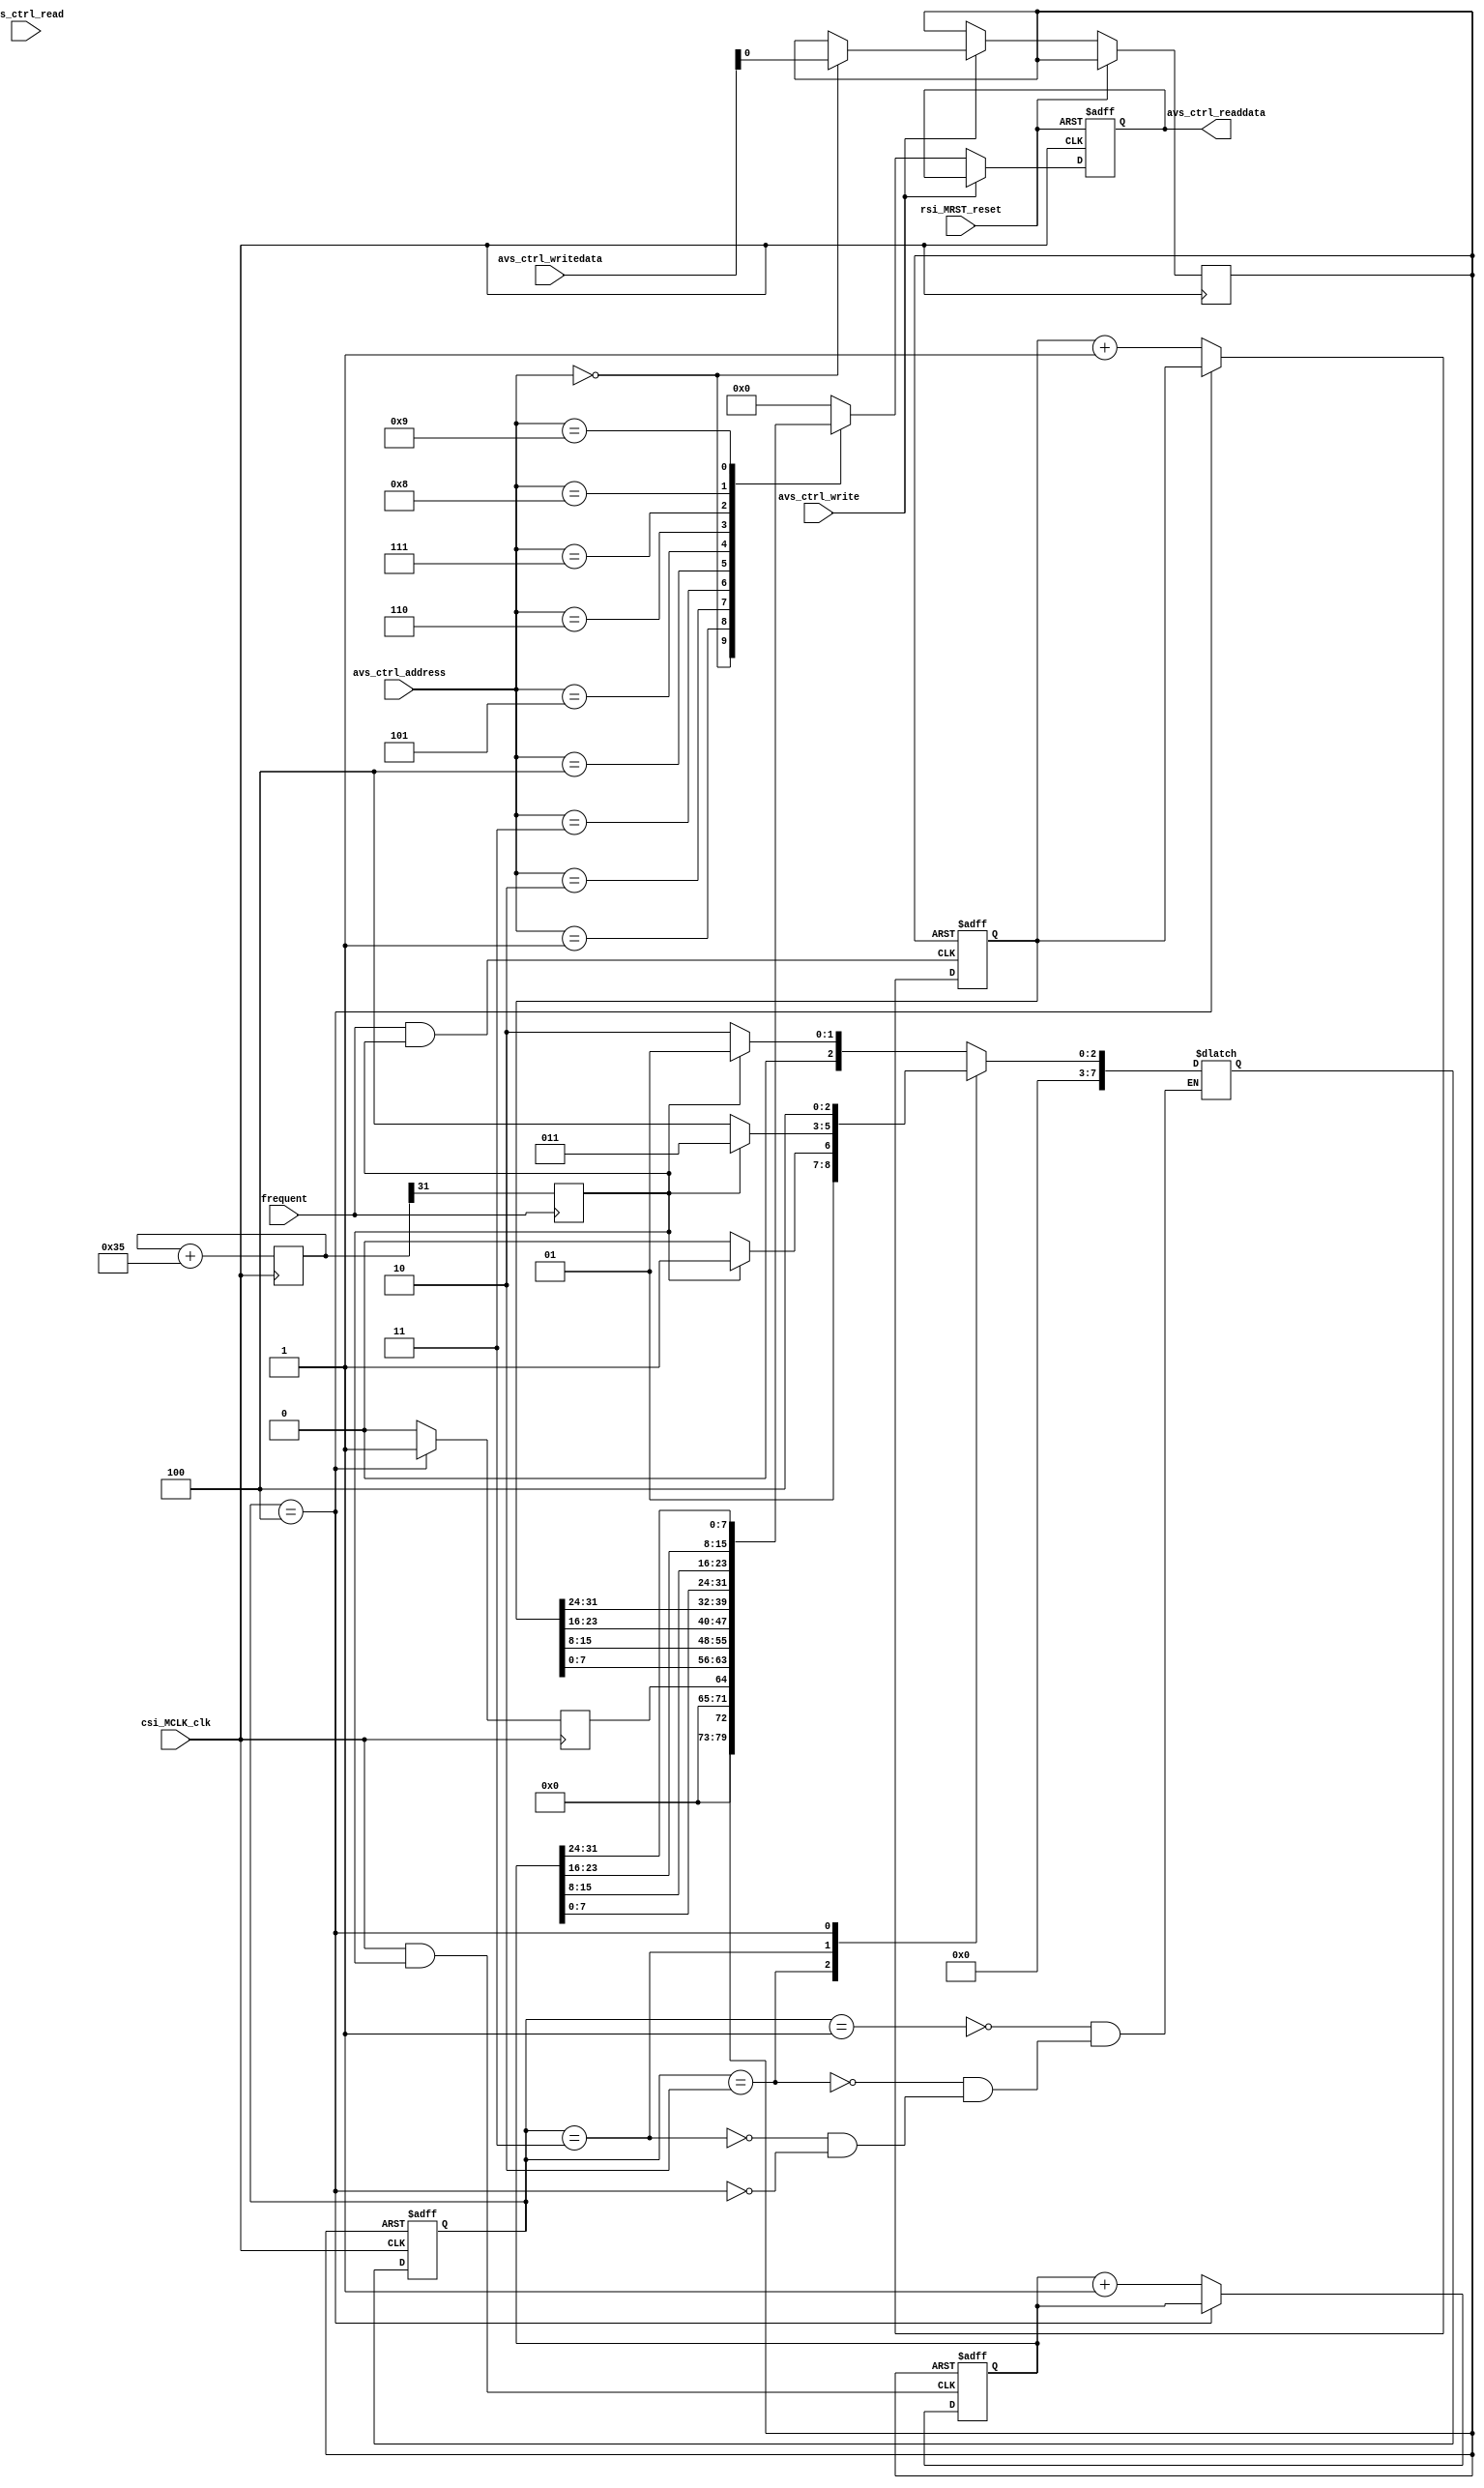
module frequent_measure(
		// Qsys bus interface	
		input					rsi_MRST_reset,
		input					csi_MCLK_clk,
		input		[7:0]	   avs_ctrl_writedata,
		output	[7:0]	   avs_ctrl_readdata,
		input		[3:0]		avs_ctrl_address,
		input					avs_ctrl_write,
		input					avs_ctrl_read,
		
		//brushless_moter_interface		
		input frequent	
		);
		wire clk;
		wire gate;
		assign clk = csi_MCLK_clk;
		reg [31:0] tempgate;
		always@(posedge clk)				
			tempgate<=tempgate+107/2;//4294967296/system_clk/2*gate_time;			
		assign gate=tempgate[31];
		
		wire f1;
		wire f2;
		reg temp;
		assign f1=frequent & temp;
		assign f2=clk &  temp;
		always@(posedge frequent)
			temp<=gate;
		reg reset;
		reg ready;
		reg [7:0]state;												
		reg [7:0]nextstate;	
		always@(posedge clk or posedge reset) 
			if(reset)state<=1;
			else state<=nextstate;
		always@(state or temp)
		begin
			case(state)
			1:if(temp==0)nextstate=2;else nextstate=1;	
			2:if(temp==1)nextstate=3;else nextstate=2;  
			3:if(temp==0)nextstate=4;else nextstate=3;
			4:nextstate=4;							
			endcase
		end
		
		reg [31:0]a;
		reg [31:0]b;
		always @ (posedge f1 or posedge reset)
			if(reset)a<=0;
			else if(state==4)a<=a;						
			else a<=a+1;			
		always @ (posedge f2 or posedge reset)
			if(reset)b<=0;
			else if(state==4)b<=b;
			else b<=b+1;
		
		always@(posedge clk)
			if(state==4)ready<=1;
			else ready<=0;
				
		reg [7:0] read_data;
		assign	avs_ctrl_readdata = read_data;
		always@(posedge csi_MCLK_clk or posedge rsi_MRST_reset)
		begin
			if(rsi_MRST_reset) begin
				read_data <= 0;
			end
			else if(avs_ctrl_write) 
			begin
				case(avs_ctrl_address)
					0: reset <= avs_ctrl_writedata[0];	
					default:;
				endcase
			end
			else begin
				case(avs_ctrl_address)
					0:read_data<= reset;
					1:read_data<= ready;
					2:read_data<=a[7:0];
					3:read_data<=a[15:8];
					4:read_data<=a[23:16];
					5:read_data<=a[31:24];
					6:read_data<=b[7:0];
					7:read_data<=b[15:8];
					8:read_data<=b[23:16];
					9:read_data<=b[31:24];
					default: read_data <= 8'b0;
				endcase
			end
		end		
endmodule